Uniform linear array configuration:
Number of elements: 24
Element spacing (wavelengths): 0.25
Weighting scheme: hamming
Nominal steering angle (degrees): -45
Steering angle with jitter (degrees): -46.769
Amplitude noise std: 0.05
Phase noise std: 0.05

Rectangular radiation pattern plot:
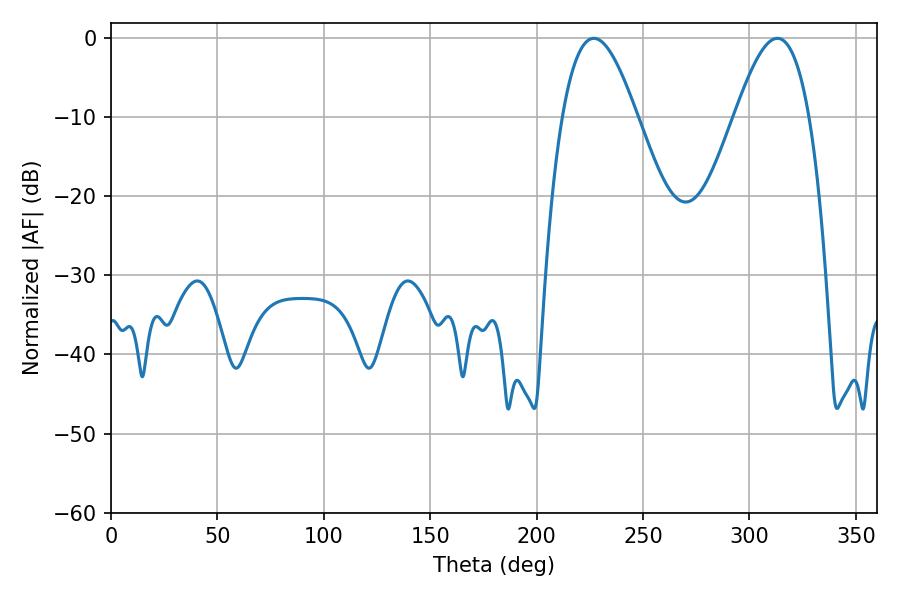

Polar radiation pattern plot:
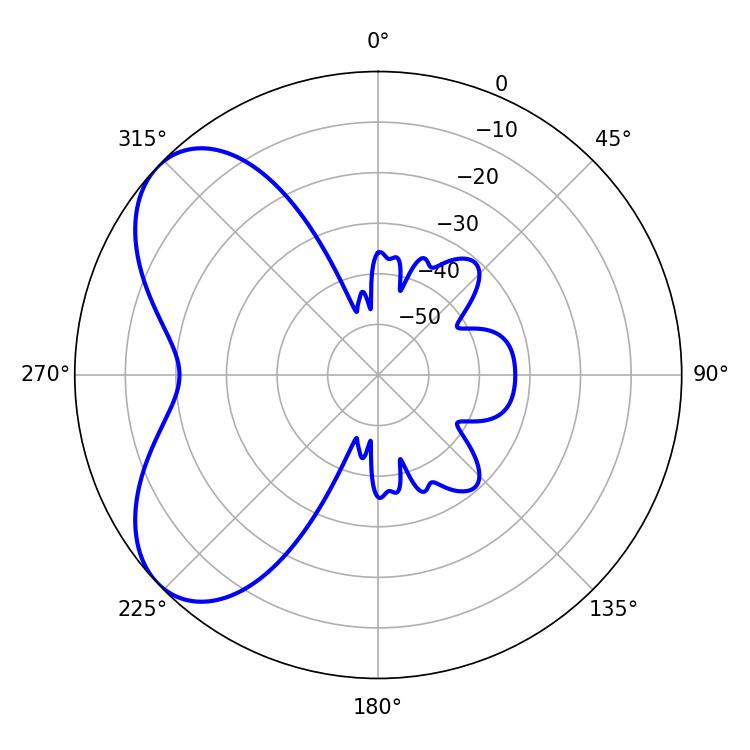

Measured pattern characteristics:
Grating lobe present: FALSE
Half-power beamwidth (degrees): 19.08
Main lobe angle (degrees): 226.8